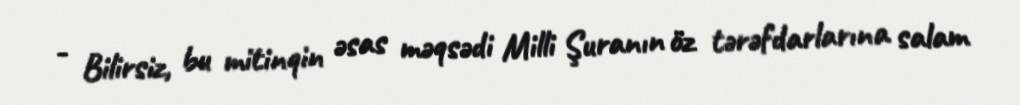
- Bilirsiz, bu mitinqin əsas məqsədi Milli Şuranın öz tərəfdarlarına salam